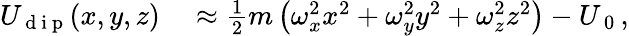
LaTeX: \begin{array}{rl}{U_{\mathrm{~d~i~p~}}(x,y,z)}&{{}\approx\frac{1}{2}m\left(\omega_{x}^{2}x^{2}+\omega_{y}^{2}y^{2}+\omega_{z}^{2}z^{2}\right)-U_{\mathrm{~0~}},}\end{array}